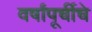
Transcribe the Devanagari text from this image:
वर्षांपूर्चीचे